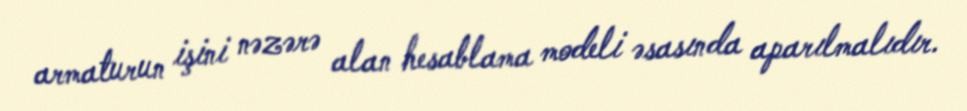
armaturun işini nəzərə alan hesablama modeli əsasında aparılmalıdır.